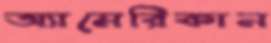
অ্যামেরিকান